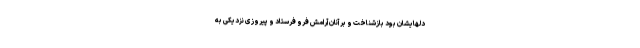
دلهايشان بود بازشناخت و بر آنان آرامش فرو فرستاد و پيروزى نزديكى به